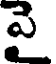
పై